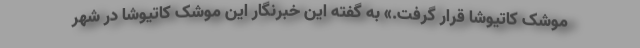
موشک کاتیوشا قرار گرفت.» به گفته این خبرنگار این موشک کاتیوشا در شهر